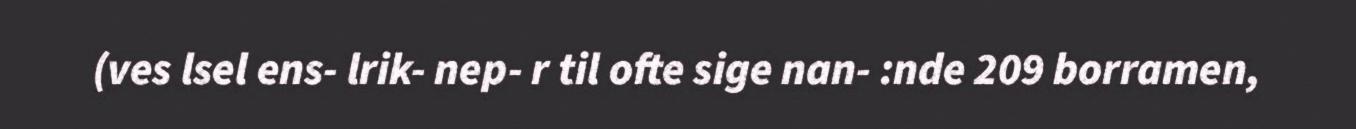
(ves lsel ens- lrik- nep- r til ofte sige nan- :nde 209 borramen,